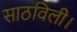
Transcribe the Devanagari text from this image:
साठविली।